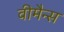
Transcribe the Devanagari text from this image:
वीमैन्स